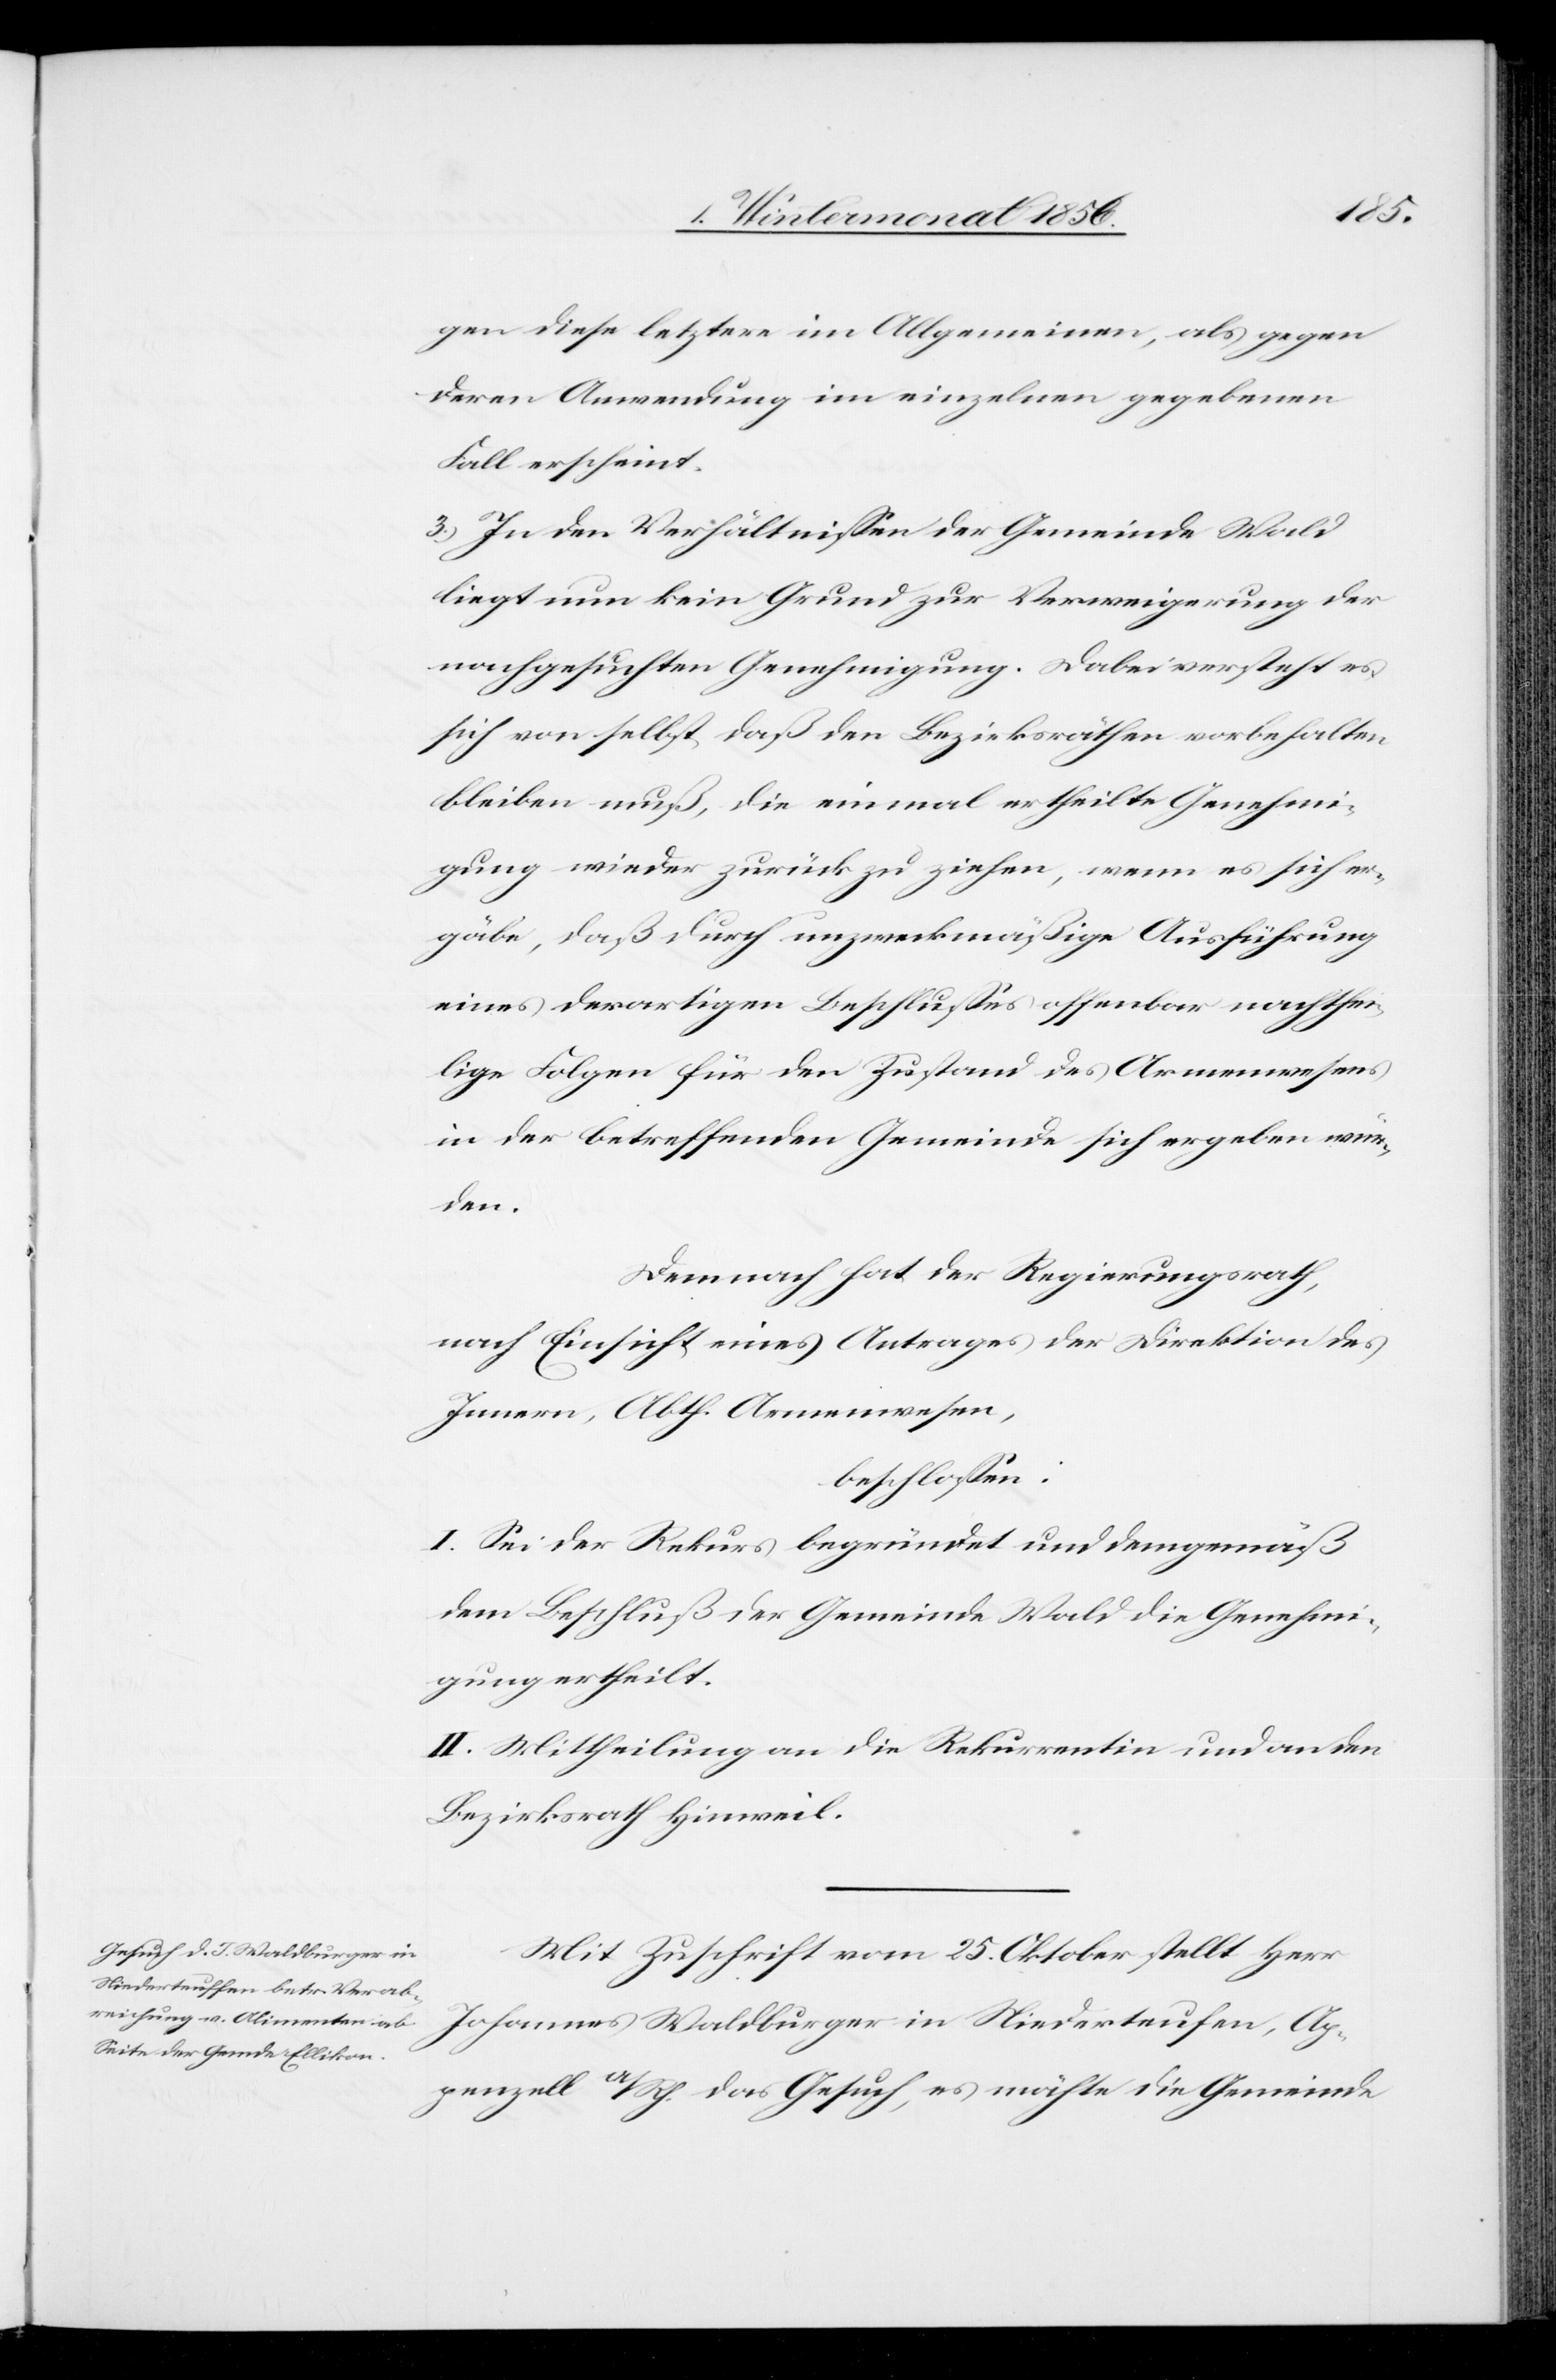
Ap¬
gen diese letztere im Allgemeinen, als gegen
deren Anwendung im einzelnen gegebenen
Fall erscheint.
3.) In den Verhältnissen der Gemeinde Wald
liegt nun kein Grund zur Verweigerung der
nachgesuchten Genehmigung. Dabei versteht es
sich von selbst daß den Bezirksräthen vorbehalten
bleiben muß, die einmal ertheilte Genehmi¬
gung wieder zurück zu ziehen, wenn es sich er¬
gäbe, daß durch unzweckmäßige Ausführung
eines derartigen Beschlusses offenbar nachthei¬
lige Folgen für den Zustand des Armenwesens
in der betreffenden Gemeinde sich ergeben wür¬
den.
Demnach hat der Regierungsrath,
nach Einsicht eines Antrages der Direktion des
Innern, Abth. Armenwesen,
beschlossen:
I. Sei der Rekurs begründet und demgemäß
dem Beschluß der Gemeinde Wald die Genehmi¬
gung ertheilt.
II. Mittheilung an die Rekurrentin und an den
Bezirksrath Hinweil.
Mit Zuschrift vom 25. Oktober stellt Herr
penzell A/Rh. das Gesuch, es möchte die Gemeinde